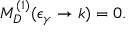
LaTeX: { \cal M } _ { D } ^ { ( 1 ) } ( \epsilon _ { \gamma } \rightarrow k ) = 0 .